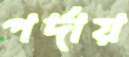
পর্দায়